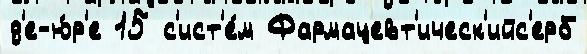
д'е-ю́р'е 15 с'ист'е́м Фармацевт'ическ'ийс'ерб